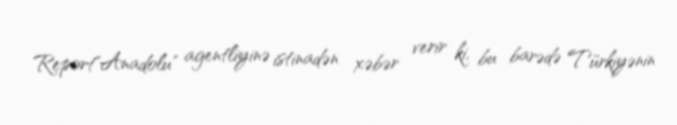
Report"Anadolu" agentliyinə istinadən xəbər verir ki, bu barədə Türkiyənin